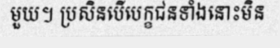
មួយ។ ប្រសិនបើបេក្ខជនទាំងនោះមិន